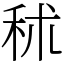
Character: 秫